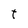
Character: t